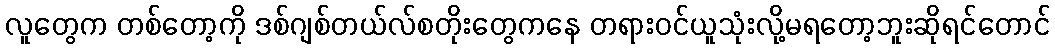
လူတွေက တစ်တော့ကို ဒစ်ဂျစ်တယ်လ်စတိုးတွေကနေ တရားဝင်ယူသုံးလို့မရတော့ဘူးဆိုရင်တောင်